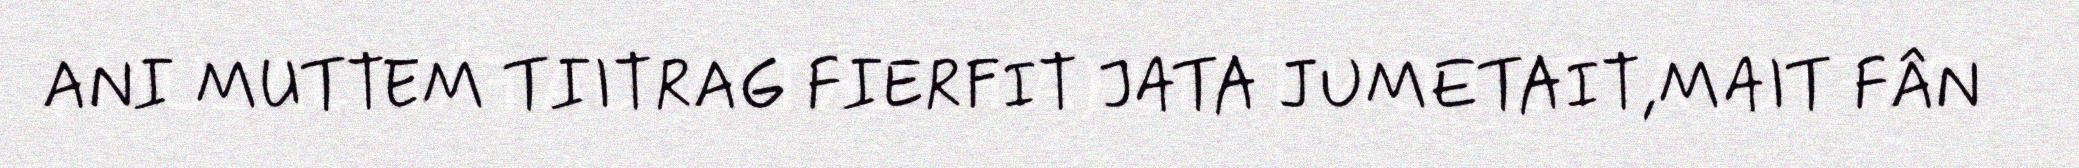
ANI MUTTEM TIITRAG FIERFIT JATA JUMETAIT,MAIT FÂN